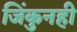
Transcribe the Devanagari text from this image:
जिंकुनही